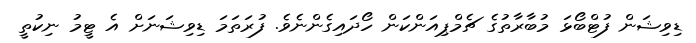
ޑިވިޝަން ފުޓްބޯޅަ މުބާރާތުގެ ޗެމްޕިއަންކަން ހޯދައިގެންނެވެ. ފުރަތަމަ ޑިވިޝަނަށް އެ ޓީމު ނިކުތީ